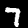
Digit: 7